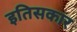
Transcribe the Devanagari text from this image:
इतिसकार